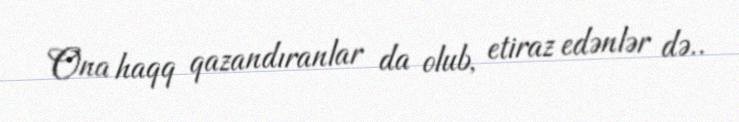
Ona haqq qazandıranlar da olub, etiraz edənlər də..